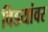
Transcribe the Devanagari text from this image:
विडयांवर